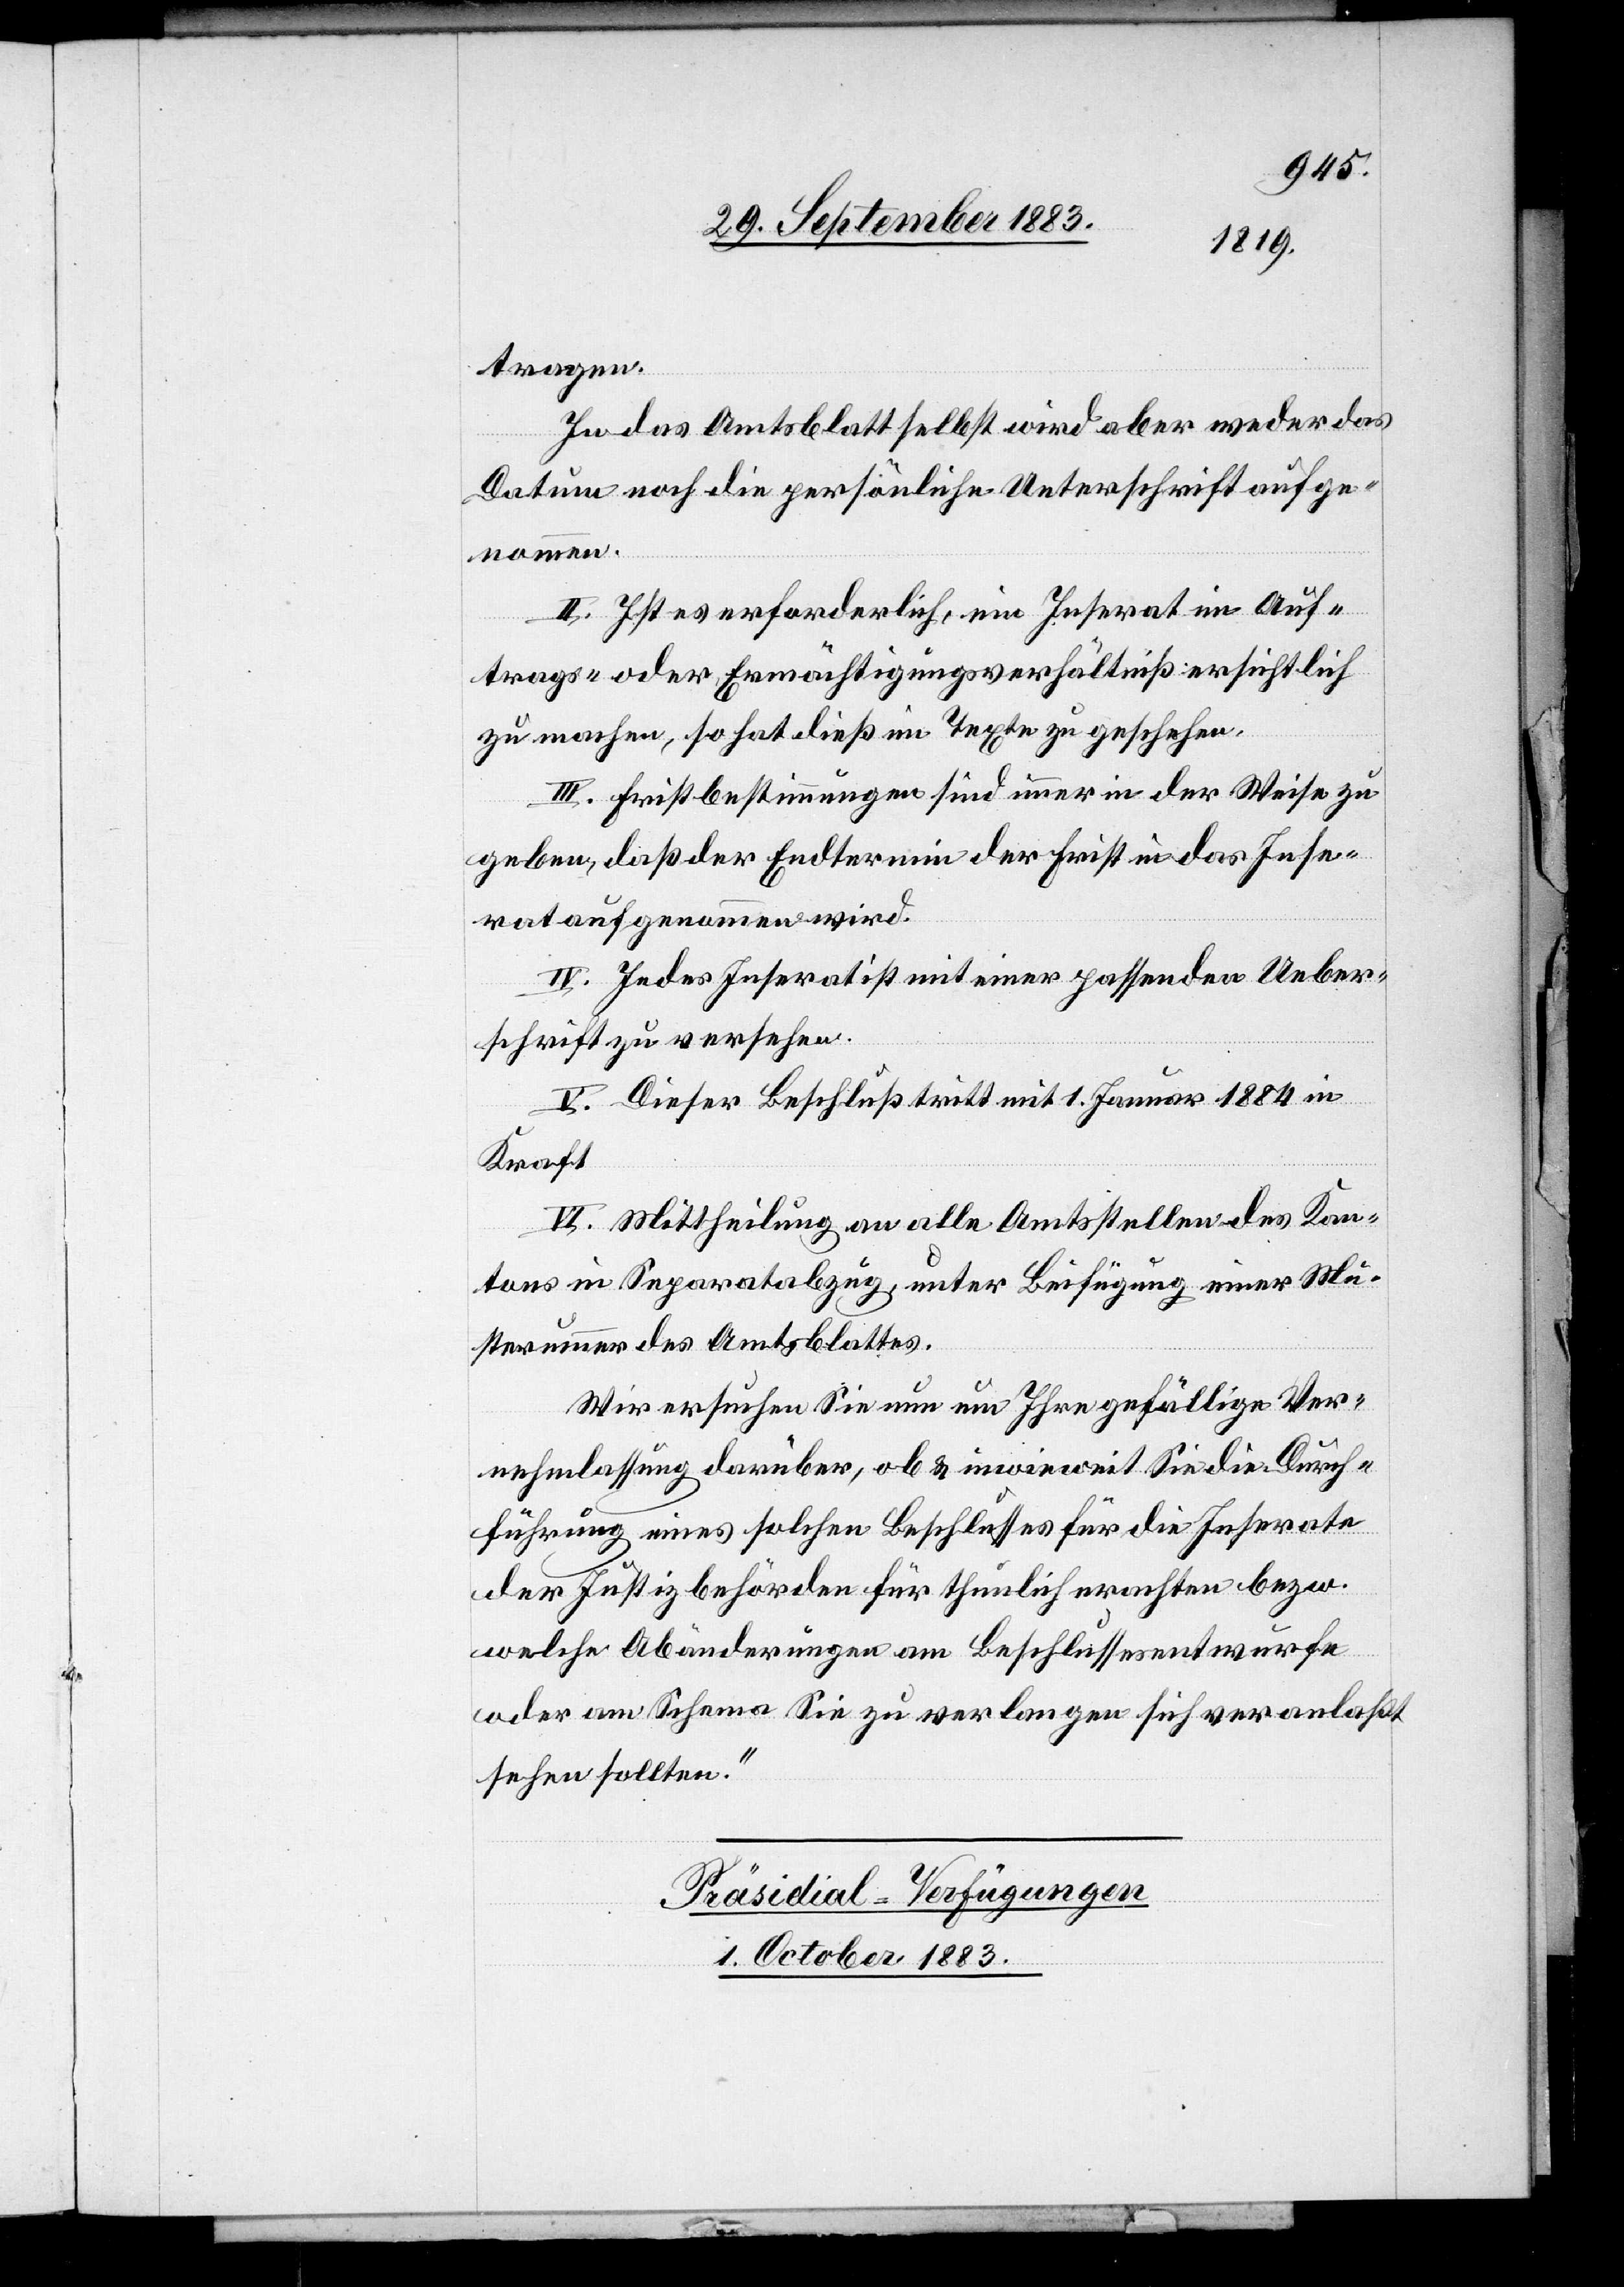
tragen.
In das Amtsblatt selbst wird aber weder das
Datum noch die persönliche Unterschrift aufge¬
nommen.
II. Ist es erforderlich, ein Inserat im Auf¬
trags- oder Ermächtigungsverhältniß ersichtlich
zu machen, so hat dieß im Texte zu geschehen.
III. Fristbestimmungen sind immer in der Weise zu
geben, daß der Endtermin der Frist in das Inse¬
rat aufgenommen wird.
IV. Jedes Inserat ist mit einer passenden Ueber¬
schrift zu versehen.
V. Dieser Beschluß tritt mit 1. Januar 1884 in
Kraft.
VI. Mittheilung an alle Amtsstellen des Kan¬
tons mit Separatabzug, unter Beifügung einer Mu¬
sternummer des Amtsblattes.
Wir ersuchen Sie nun um Ihre gefällige Ver¬
nehmlassung darüber, ob & inwieweit Sie die Durch¬
führung eines solchen Beschlusses für die Inserate
der Justizbehörden für thunlich erachten bezw.
welche Abänderungen am Beschlussesentwurfe
oder am Schema Sie zu verlangen sich veranlaßt
sehen sollten.
Präsidial-Verfügungen.
1. October 1883.